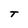
Character: T